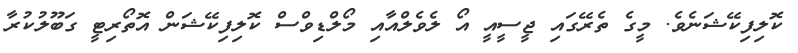
ކޮލިފިކޭޝަނެވެ. މީގެ ތެރޭގައި ޖީސީއީ އޯ ލެވެލްއާއި މޯލްޑިވްސް ކޮލިފިކޭޝަން އޮތޯރިޓީ ގަބޫލުކުރާ